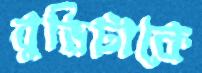
বুড়িটাকে